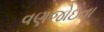
વણજોઇતા